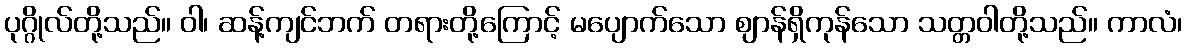
ပုဂ္ဂိုလ်တို့သည်။ ဝါ၊ ဆန့်ကျင်ဘက် တရားတို့ကြောင့် မပျောက်သော ဈာန်ရှိကုန်သော သတ္တဝါတို့သည်။ ကာလံ၊